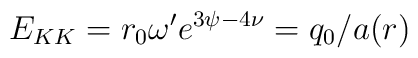
E_{KK}=r_0\omega ^{\prime }e^{3\psi -4\nu }=q_0/a(r)